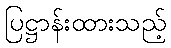
ပြဋ္ဌာန်းထားသည့်